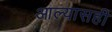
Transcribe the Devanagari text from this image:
आल्यासही